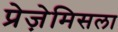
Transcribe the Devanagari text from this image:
प्रेज़ेमिसला